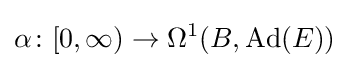
\alpha \colon [0,\infty )\rightarrow \Omega ^{1}(B,\operatorname {Ad} (E))